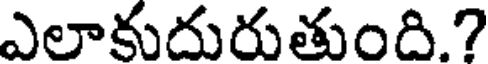
ఎలాకుదురుతుంది.?